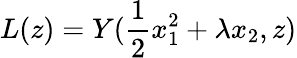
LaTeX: L(z)=Y(\frac{1}{2}x_{1}^{2}+\lambda x_{2},z)